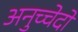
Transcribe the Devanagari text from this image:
अनुच्चेदों